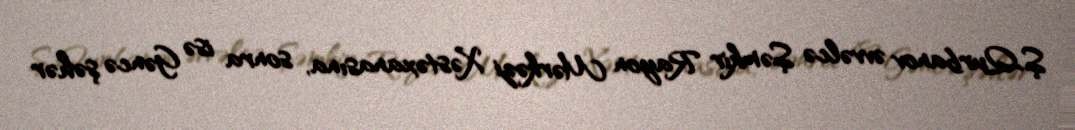
Ş.Qurbanov əvvəlcə Şəmkir Rayon Mərkəzi Xəstəxanasına, sonra isə Gəncə şəhər